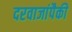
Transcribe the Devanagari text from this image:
दरवाजांपैकी